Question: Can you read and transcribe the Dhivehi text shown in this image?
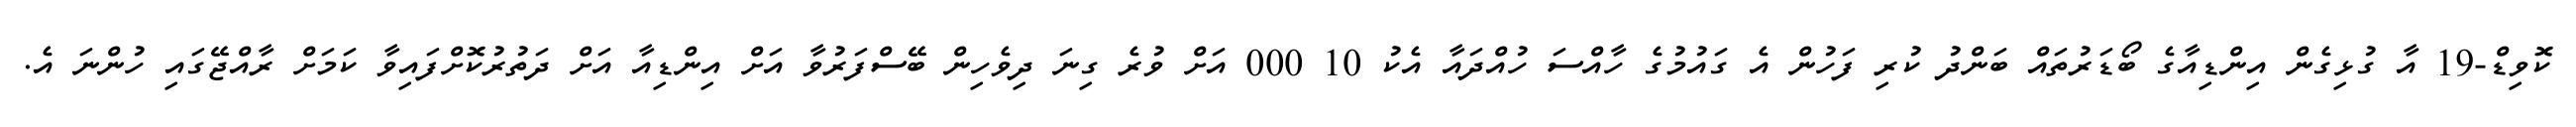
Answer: ކޮވިޑް-19 އާ ގުޅިގެން އިންޑިއާގެ ބޯޑަރުތައް ބަންދު ކުރި ފަހުން އެ ގައުމުގެ ހާއްސަ ހުއްދައާ އެކު 10 000 އަށް ވުރެ ގިނަ ދިވެހިން ބޭސްފަރުވާ އަށް އިންޑިއާ އަށް ދަތުރުކޮށްފައިވާ ކަމަށް ރާއްޖޭގައި ހުންނަ އެ.